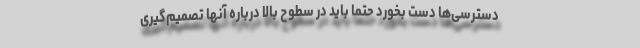
دسترسی‌ها دست بخورد حتماً باید در سطوح بالا درباره آنها تصمیم‌گیری